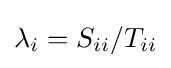
\lambda _{i}=S_{ii}/T_{ii}